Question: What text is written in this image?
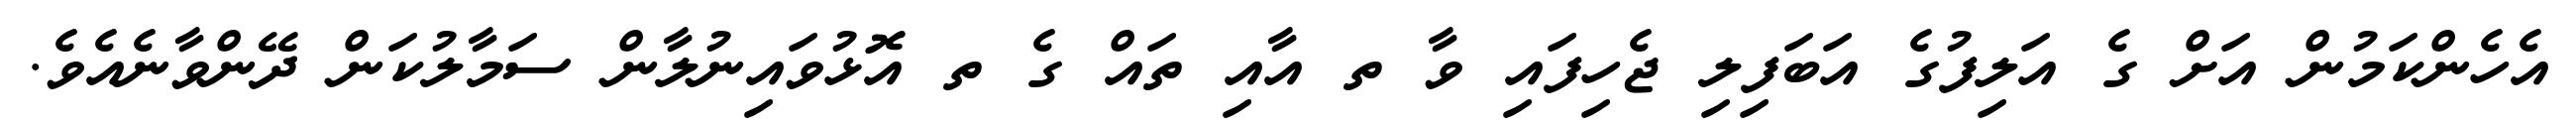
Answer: އެހެންކަމުން އަށް ގެ އަލިފުގެ އަބަފިލި ޖެހިފައި ވާ ތ އާއި ތައް ގެ ތ އޮޅުވައިނުލާން ސަމާލުކަން ދޭންވާނެއެވެ.